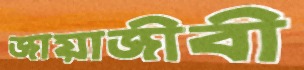
জায়াজীবী